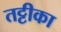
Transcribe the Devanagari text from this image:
तट्टीका